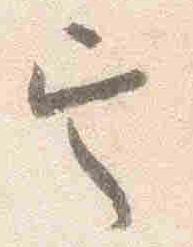
定